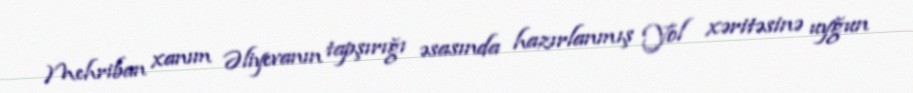
Mehriban xanım Əliyevanın tapşırığı əsasında hazırlanmış Yol xəritəsinə uyğun